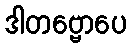
ဒါတဗ္ဗောပေ